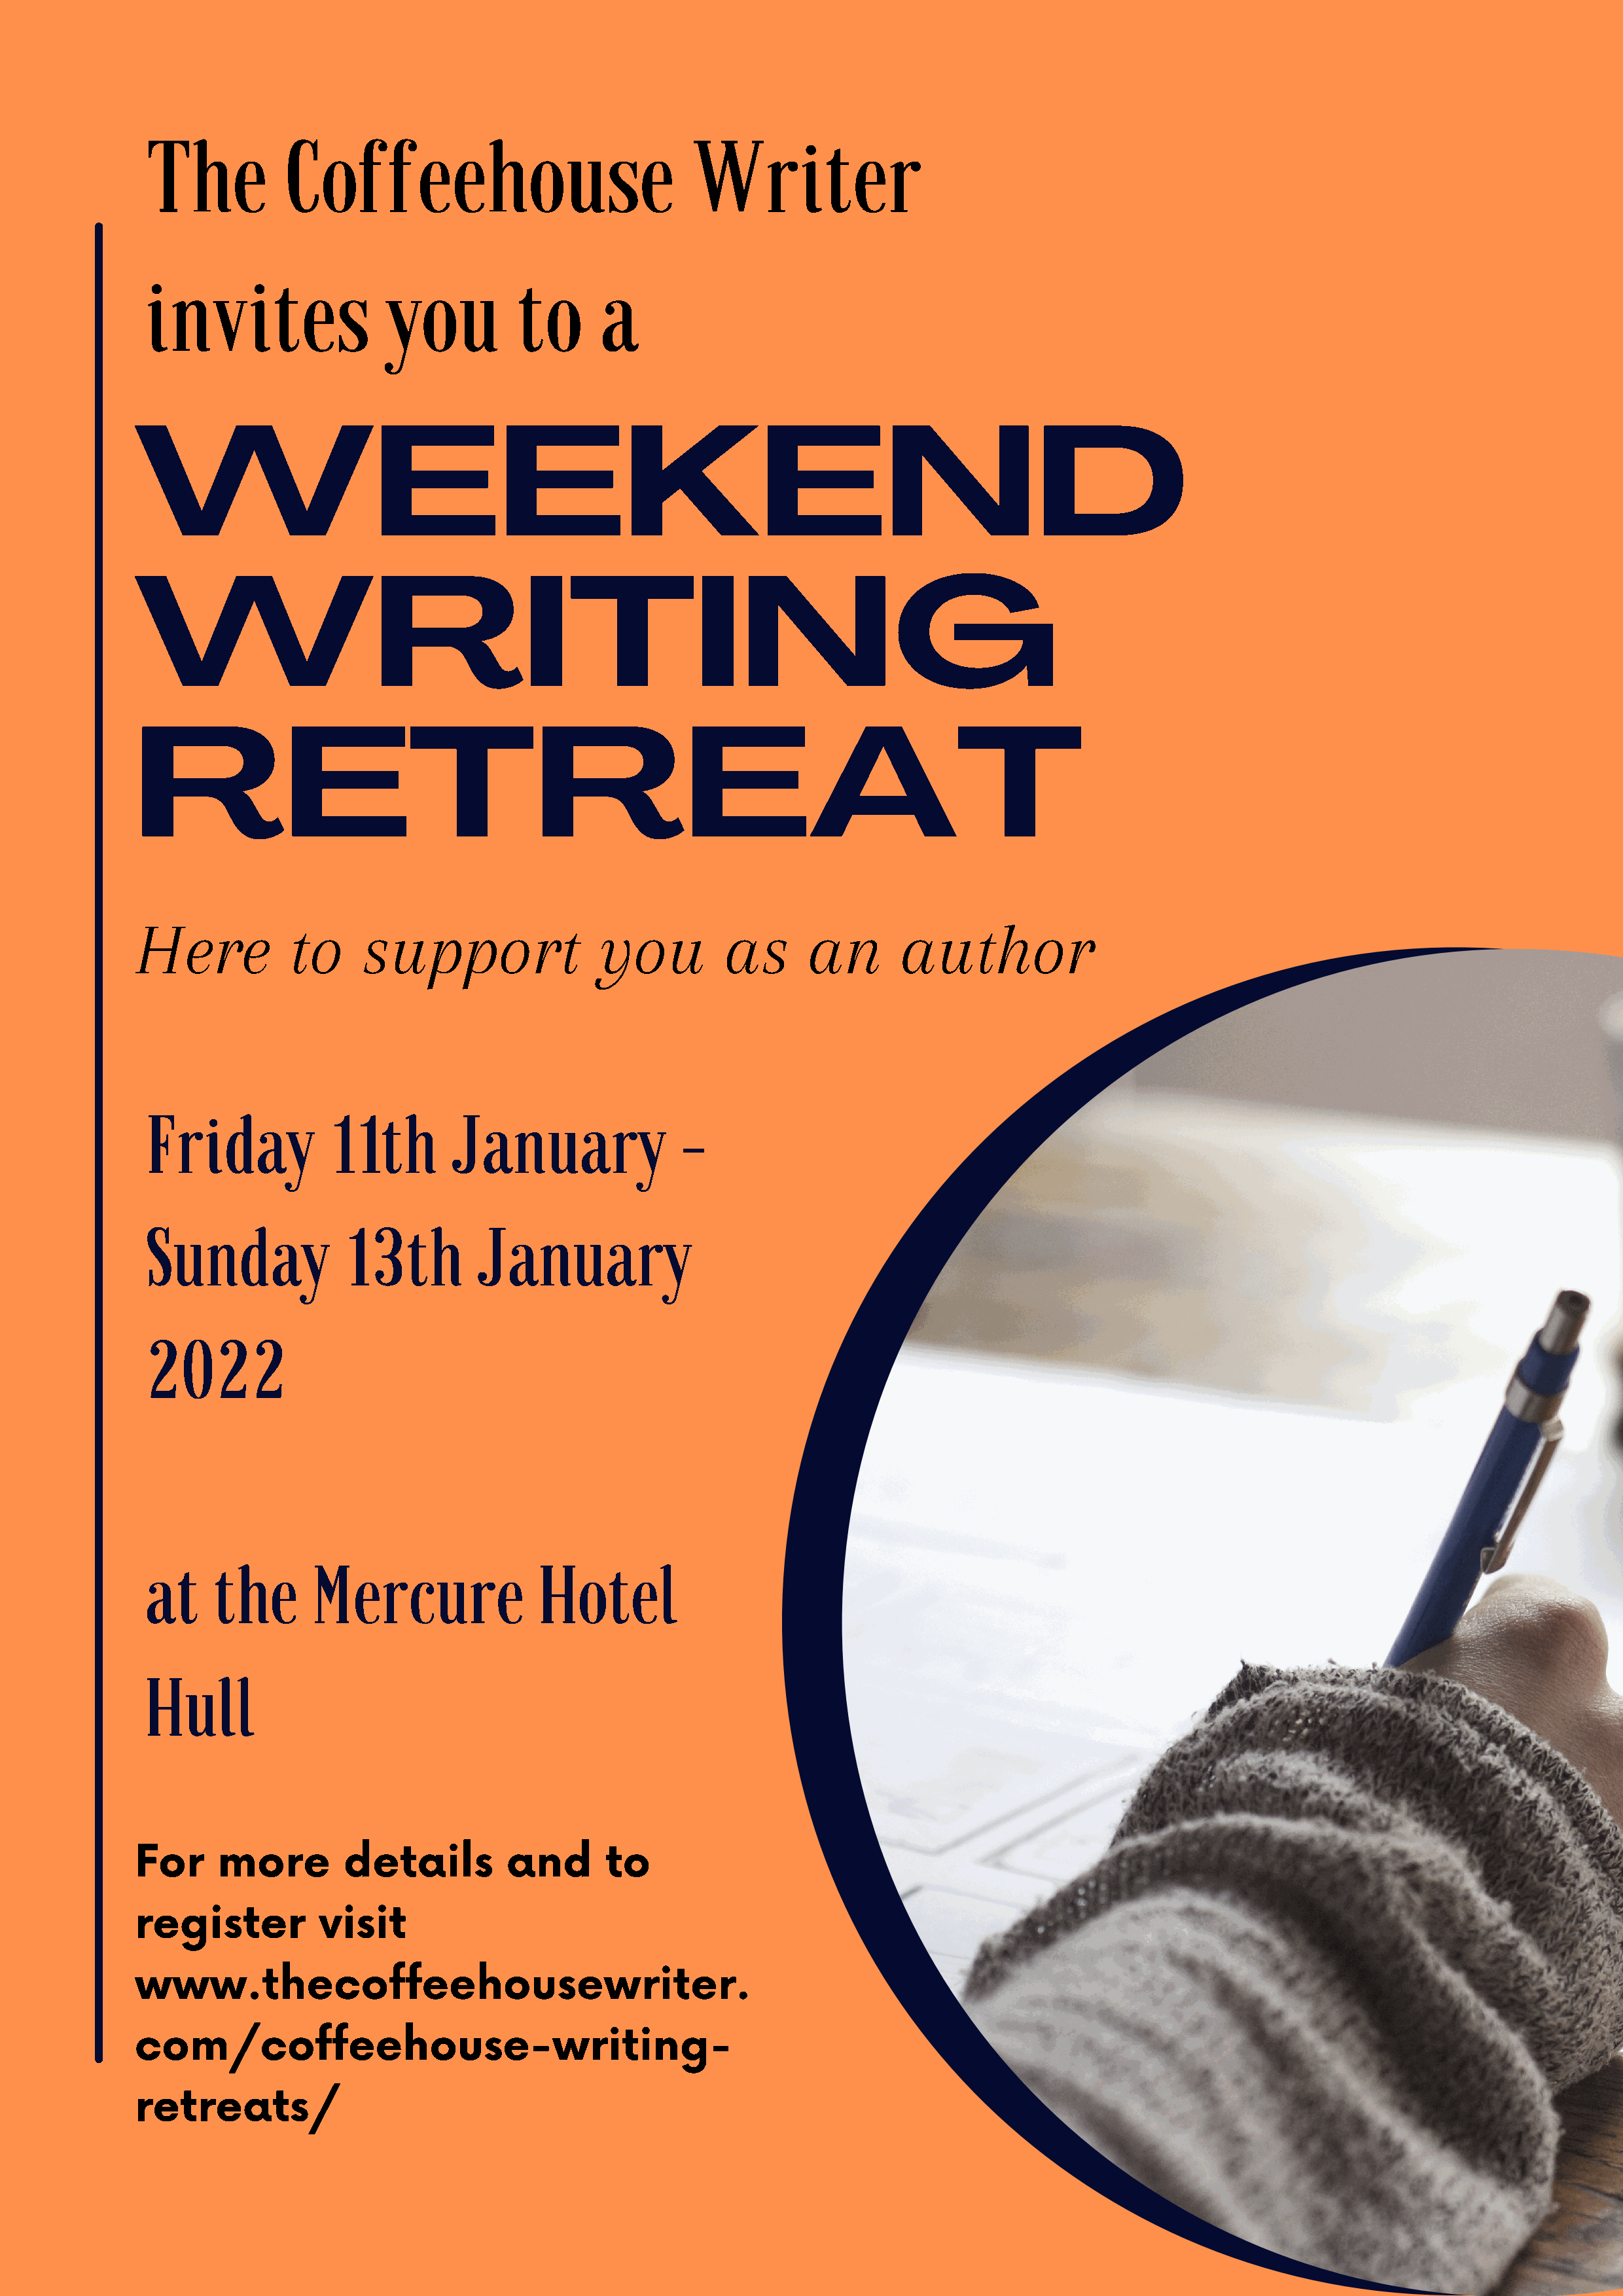
The           Coffeehouse                              Writer
 invites                 you          to       a
 WEEKEND
 WRITING
 RETREAT
 Here           to      support                 you         as       an       author
 Friday            11th         January                -
 Sunday              13th         January
 2022
 at     the       Mercure               Hotel
 Hull
 For     more         details         and       to
 register          visit
 www.thecoffeehousewriter.
 com/coffeehouse-writing-
 retreats/